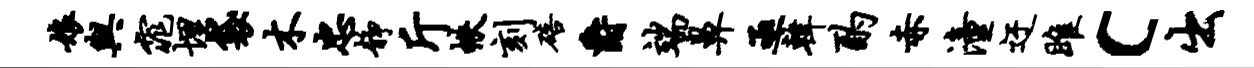
娘与窕埋袋木忠静斤帙刻碚爵端鼻亟韩酌赤潼迂雎c出